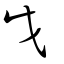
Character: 戊